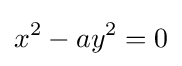
x^{2}-ay^{2}=0